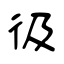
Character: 彶